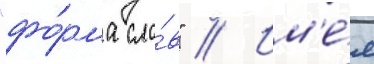
"фо́рма сло́в" // Им'е́я